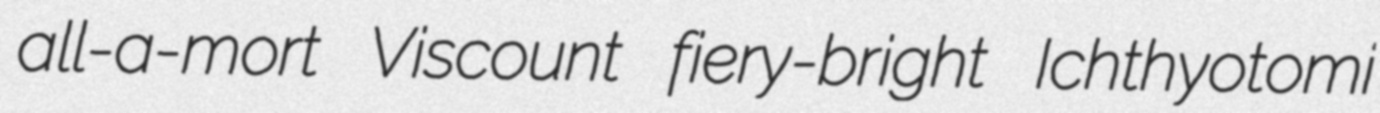
all-a-mort Viscount fiery-bright Ichthyotomi